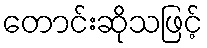
တောင်းဆိုသဖြင့်